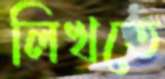
লিখতে